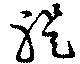
禔